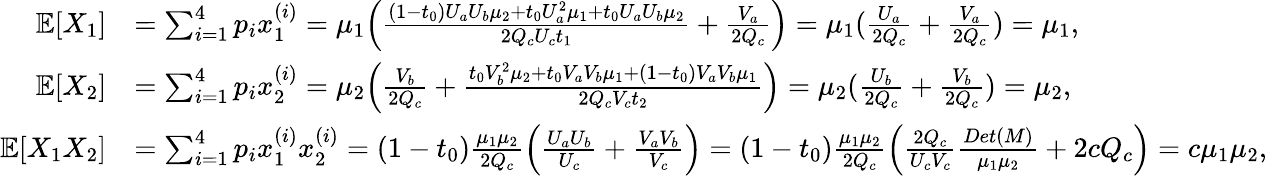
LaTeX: \begin{array}{rl}{\mathbb{E}[X_{1}]}&{=\sum_{i=1}^{4}p_{i}x_{1}^{(i)}=\mu_{1}\Big(\frac{(1-t_{0})U_{a}U_{b}\mu_{2}+t_{0}U_{a}^{2}\mu_{1}+t_{0}U_{a}U_{b}\mu_{2}}{2Q_{c}U_{c}t_{1}}+\frac{V_{a}}{2Q_{c}}\Big)=\mu_{1}(\frac{U_{a}}{2Q_{c}}+\frac{V_{a}}{2Q_{c}})=\mu_{1},}\\ {\mathbb{E}[X_{2}]}&{=\sum_{i=1}^{4}p_{i}x_{2}^{(i)}=\mu_{2}\Big(\frac{V_{b}}{2Q_{c}}+\frac{t_{0}V_{b}^{2}\mu_{2}+t_{0}V_{a}V_{b}\mu_{1}+(1-t_{0})V_{a}V_{b}\mu_{1}}{2Q_{c}V_{c}t_{2}}\Big)=\mu_{2}(\frac{U_{b}}{2Q_{c}}+\frac{V_{b}}{2Q_{c}})=\mu_{2},}\\ {\mathbb{E}[X_{1}X_{2}]}&{=\sum_{i=1}^{4}p_{i}x_{1}^{(i)}x_{2}^{(i)}=(1-t_{0})\frac{\mu_{1}\mu_{2}}{2Q_{c}}\Big(\frac{U_{a}U_{b}}{U_{c}}+\frac{V_{a}V_{b}}{V_{c}}\Big)=(1-t_{0})\frac{\mu_{1}\mu_{2}}{2Q_{c}}\Big(\frac{2Q_{c}}{U_{c}V_{c}}\frac{Det(M)}{\mu_{1}\mu_{2}}+2cQ_{c}\Big)=c\mu_{1}\mu_{2},}\end{array}